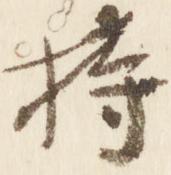
持